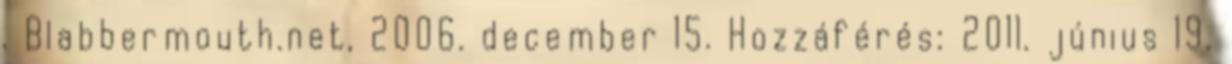
. Blabbermouth.net, 2006. december 15. Hozzáférés: 2011. június 19.